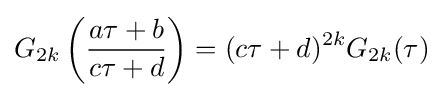
G_{2k}\left({\frac {a\tau +b}{c\tau +d}}\right)=(c\tau +d)^{2k}G_{2k}(\tau )